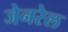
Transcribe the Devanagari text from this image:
जेनरेल